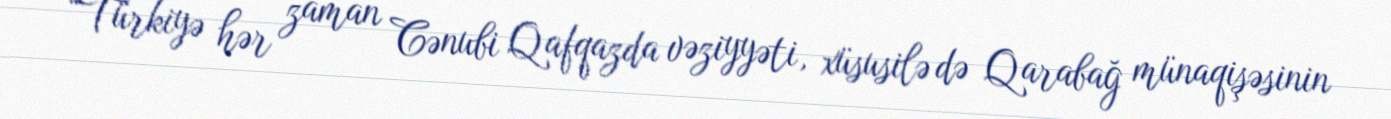
“Türkiyə hər zaman Cənubi Qafqazda vəziyyəti, xüsusilə də Qarabağ münaqişəsinin